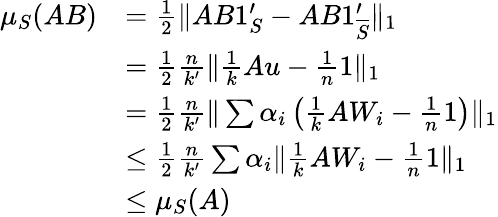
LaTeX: \begin{array}{rl}{\mu_{S}(AB)}&{=\frac{1}{2}\| AB1_{S}^{\prime}-AB1_{\overline{{S}}}^{\prime}\| _{1}}\\ &{=\frac{1}{2}\frac{n}{k^{\prime}}\| \frac{1}{k}Au-\frac{1}{n}1\| _{1}}\\ &{=\frac{1}{2}\frac{n}{k^{\prime}}\| \sum\alpha_{i}\left(\frac{1}{k}AW_{i}-\frac{1}{n}1\right)\| _{1}}\\ &{\leq\frac{1}{2}\frac{n}{k^{\prime}}\sum\alpha_{i}\| \frac{1}{k}AW_{i}-\frac{1}{n}1\| _{1}}\\ &{\leq\mu_{S}(A)}\end{array}